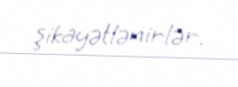
şikayətlənirlər.